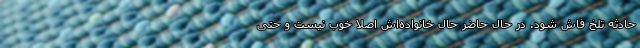
حادثه تلخ فاش شود. در حال حاضر حال خانواده‌اش اصلا خوب نیست و حتی